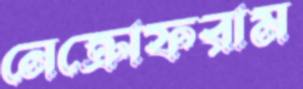
নেক্রোফরাম